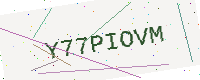
Text: Y77PIOVM